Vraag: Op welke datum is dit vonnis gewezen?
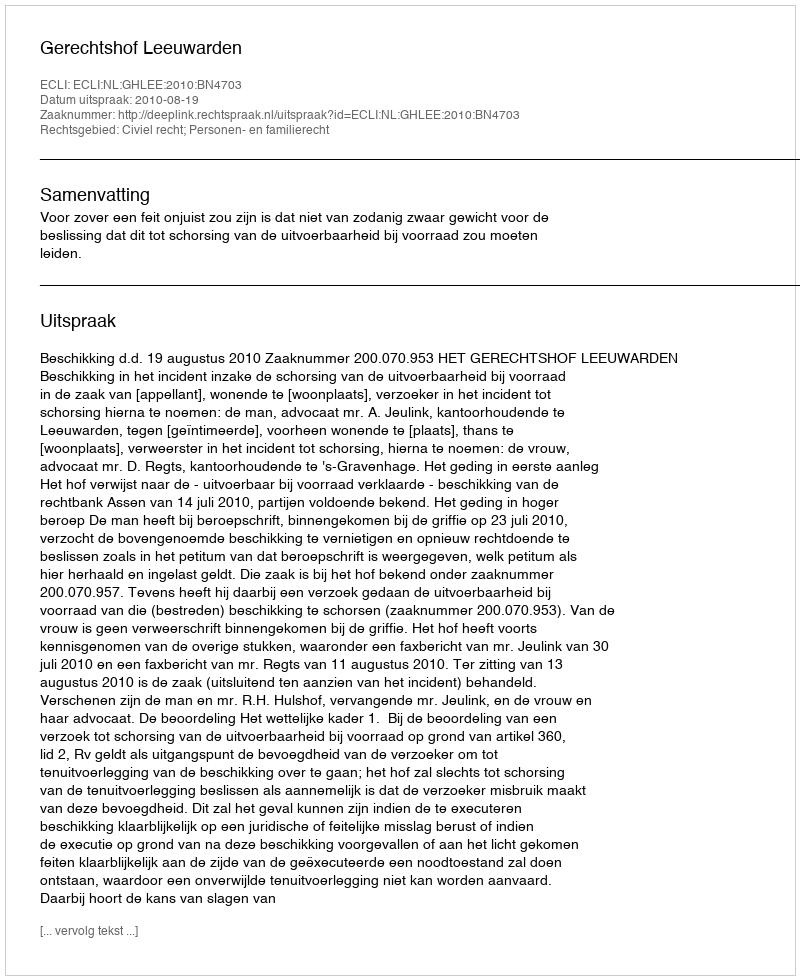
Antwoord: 2010-08-19